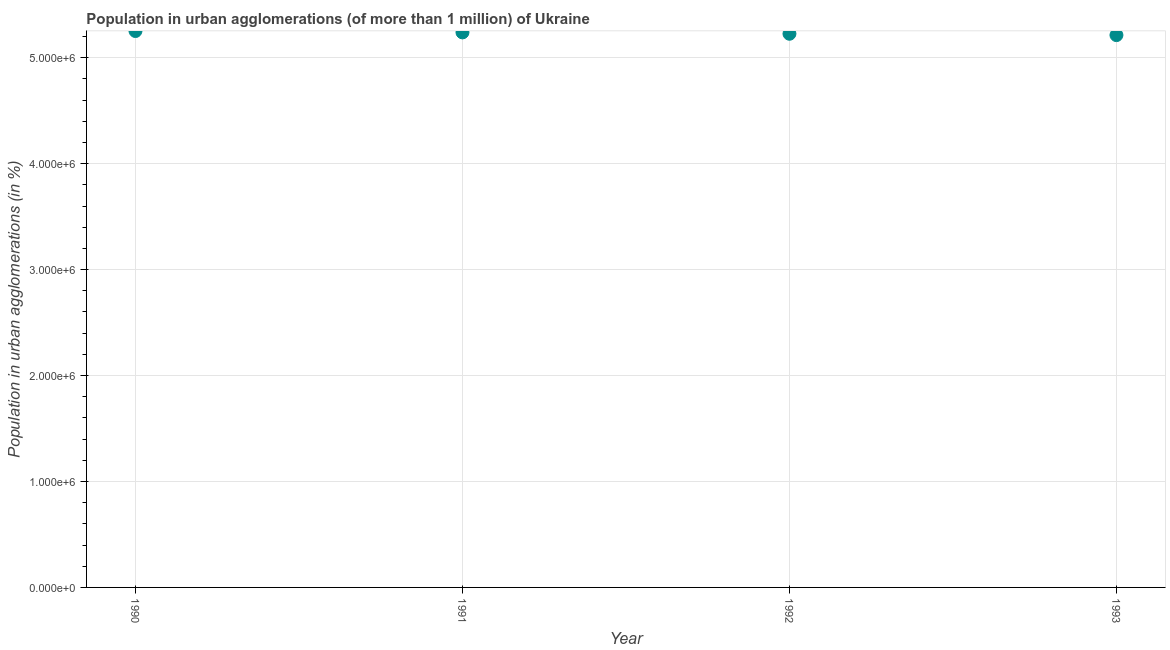
| Year | Population in urban agglomerations |
 | --- | --- |
 | 1990 | 5.25e+06 |
 | 1991 | 5.24e+06 |
 | 1992 | 5.23e+06 |
 | 1993 | 5.21e+06 |